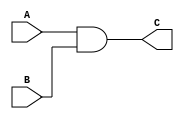
`timescale 1ns / 1ps
//////////////////////////////////////////////////////////////////////////////////
// Company: 
// Engineer: 
// 
// Design Name: 
// Module Name:    AND 
// Project Name: 
// Target Devices: 
// Tool versions: 
// Description: 
//
// Dependencies: 
//
// Revision: 
// Revision 0.01 - File Created
// Additional Comments: 
//
//////////////////////////////////////////////////////////////////////////////////
module AND(
    input[31:0] A,
    input[31:0] B,
    output[31:0] C
    );
assign C = A & B;

endmodule